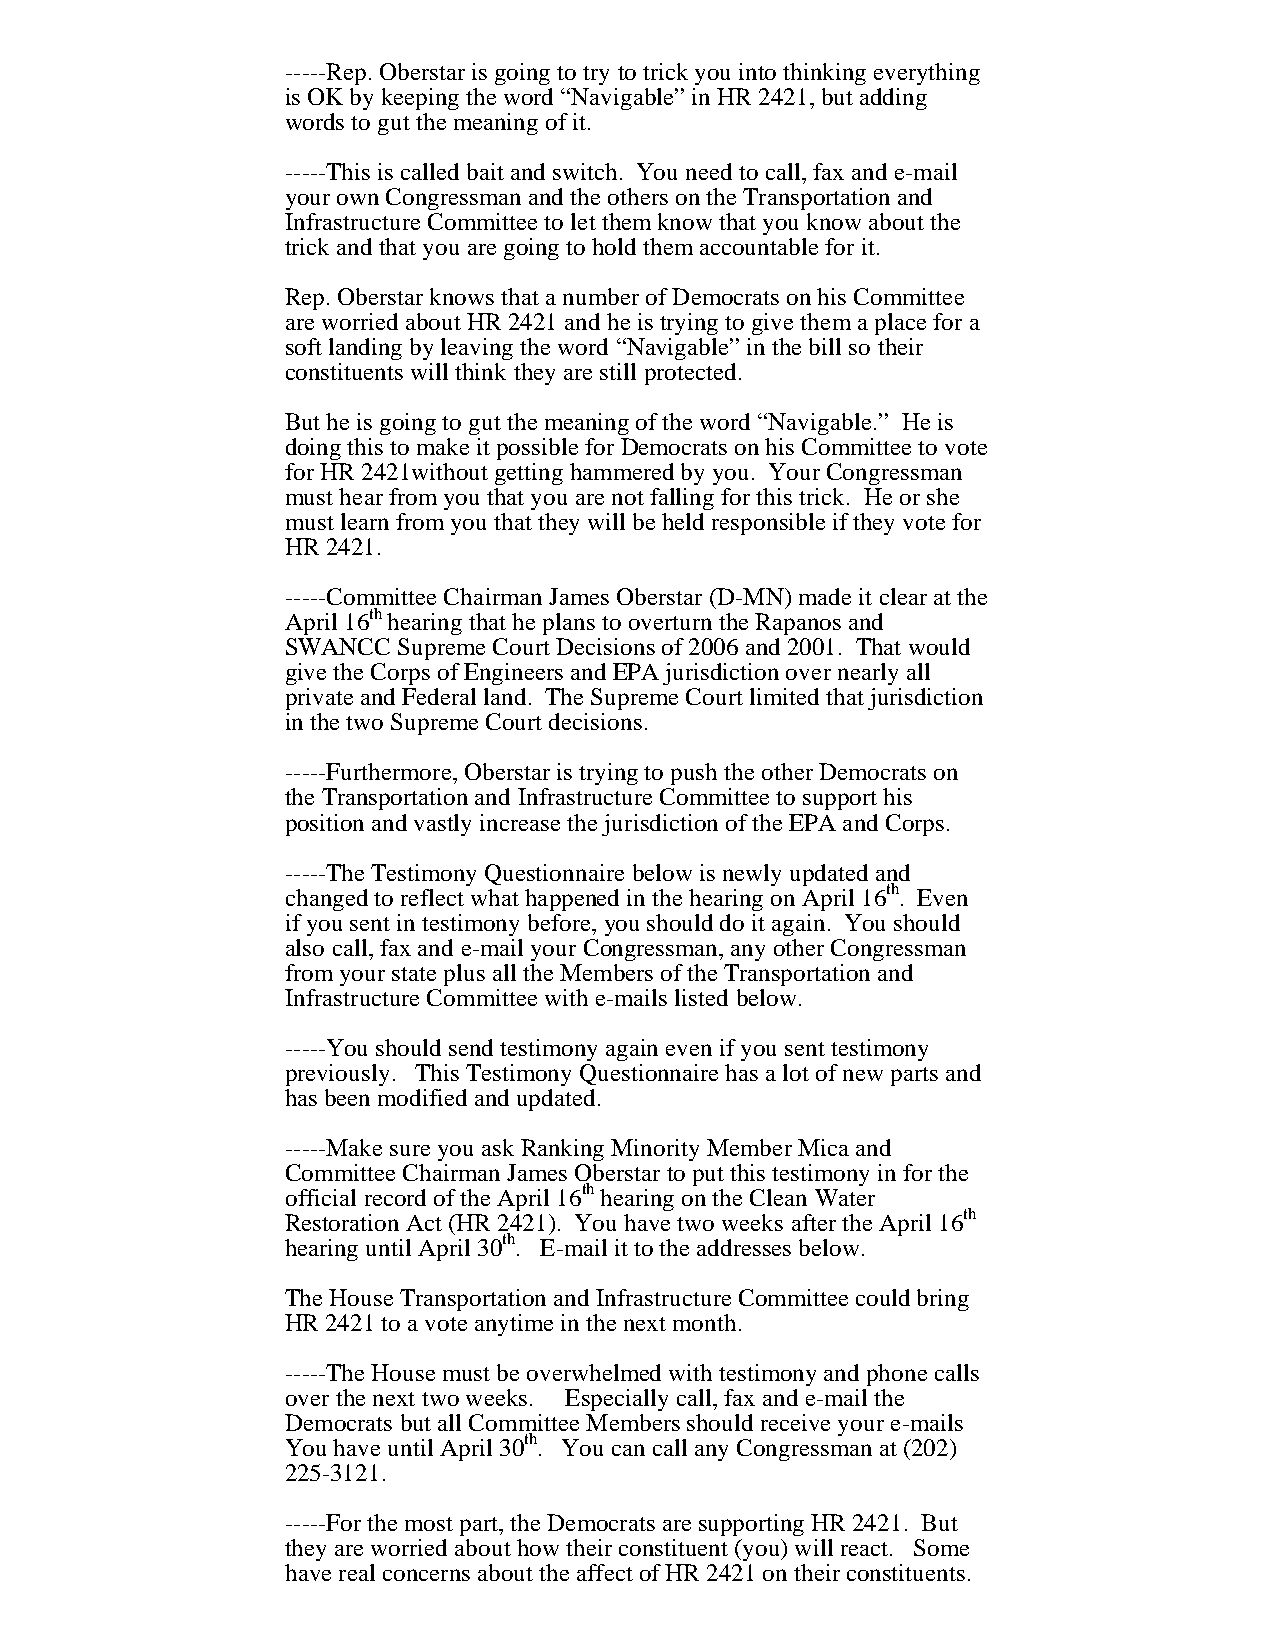
-----Rep. Oberstar is going to try to trick you into thinking everything
 is OK by keeping the word “Navigable” in HR 2421, but adding
 words to gut the meaning of it.
 -----This is called bait and switch. You need to call, fax and e-mail
 your own Congressman and the others on the Transportation and
 Infrastructure Committee to let them know that you know about the
 trick and that you are going to hold them accountable for it.
 Rep. Oberstar knows that a number of Democrats on his Committee
 are worried about HR 2421 and he is trying to give them a place for a
 soft landing by leaving the word “Navigable” in the bill so their
 constituents will think they are still protected.
 But he is going to gut the meaning of the word “Navigable.” He is
 doing this to make it possible for Democrats on his Committee to vote
 for HR 2421without getting hammered by you. Your Congressman
 must hear from you that you are not falling for this trick. He or she
 must learn from you that they will be held responsible if they vote for
 HR 2421.
 -----Committee Chairman James Oberstar (D-MN) made it clear at the
 April 16th hearing that he plans to overturn the Rapanos and
 SWANCC Supreme Court Decisions of 2006 and 2001. That would
 give the Corps of Engineers and EPA jurisdiction over nearly all
 private and Federal land. The Supreme Court limited that jurisdiction
 in the two Supreme Court decisions.
 -----Furthermore, Oberstar is trying to push the other Democrats on
 the Transportation and Infrastructure Committee to support his
 position and vastly increase the jurisdiction of the EPA and Corps.
 -----The Testimony Questionnaire below is newly updated and
 changed to reflect what happened in the hearing on April 16th. Even
 if you sent in testimony before, you should do it again. You should
 also call, fax and e-mail your Congressman, any other Congressman
 from your state plus all the Members of the Transportation and
 Infrastructure Committee with e-mails listed below.
 -----You should send testimony again even if you sent testimony
 previously. This Testimony Questionnaire has a lot of new parts and
 has been modified and updated.
 -----Make sure you ask Ranking Minority Member Mica and
 Committee Chairman James Oberstar to put this testimony in for the
 official record of the April 16th hearing on the Clean Water
 Restoration Act (HR 2421). You have two weeks after the April 16th
 hearing until April 30th. E-mail it to the addresses below.
 The House Transportation and Infrastructure Committee could bring
 HR 2421 to a vote anytime in the next month.
 -----The House must be overwhelmed with testimony and phone calls
 over the next two weeks. Especially call, fax and e-mail the
 Democrats but all Committee Members should receive your e-mails
 You have until April 30th. You can call any Congressman at (202)
 225-3121.
 -----For the most part, the Democrats are supporting HR 2421. But
 they are worried about how their constituent (you) will react. Some
 have real concerns about the affect of HR 2421 on their constituents.